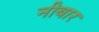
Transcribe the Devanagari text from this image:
नीबार